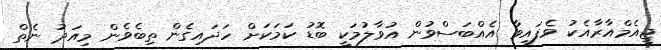
ޖީއެމްއާރާއެކު ވެފައިވާ އެއްބަސްވުން އުވާލުމަކީ ބޮޑު ކަމަކަށް ހަދައިގެން ތިބެވެން މިއަދު ނެތް